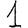
Digit: 1